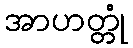
အာဟတ္တုံ